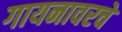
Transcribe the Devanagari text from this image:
गायनावरचे